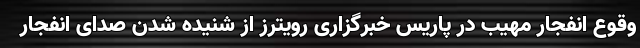
وقوع انفجار مهیب در پاریس خبرگزاری رویترز از شنیده شدن صدای انفجار